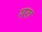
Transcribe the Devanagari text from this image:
गरू